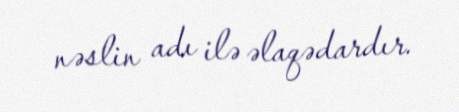
nəslin adı ilə əlaqədardır.